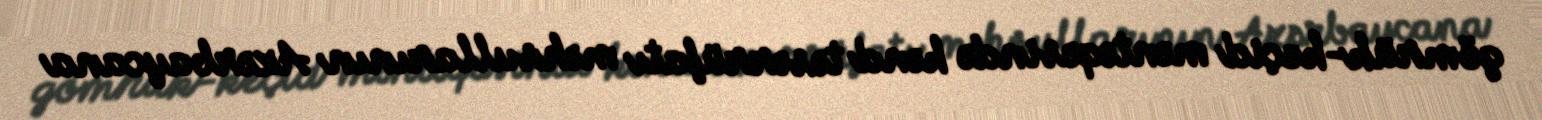
gömrük-keçid məntəqəsində kənd təsərrüfatı məhsullarının Azərbaycana